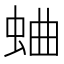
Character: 蛐